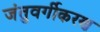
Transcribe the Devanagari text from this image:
जंतुवर्गीकरण